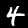
Label: 4